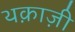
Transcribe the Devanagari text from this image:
थक़ाज़ी